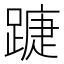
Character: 𨄀